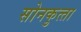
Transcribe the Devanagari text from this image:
सोनकुत्‍ता